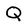
Character: Q